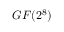
G F ( { 2 ^ { 8 } } )